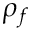
\rho _ { f }